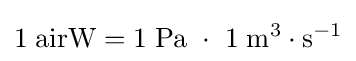
1\;{\text{airW}}=1\;{\text{Pa}}\ \cdot \ 1\;{\text{m}}^{3}\cdot {\text{s}}^{-1}